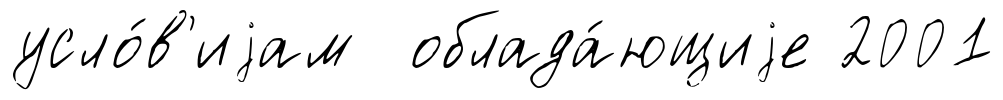
усло́в'иjам облада́ющиjе 2001